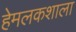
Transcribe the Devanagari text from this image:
हेमलकशाला